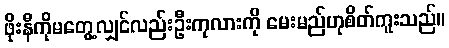
ဖိုးနီကိုမတွေ့လျှင်လည်းဦးကုလားကို မေးမည်ဟုစိတ်ကူးသည်။